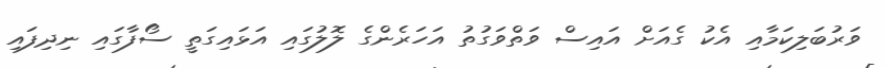
ވަރުބަލިކަމާއި އެކު ގެއަށް އައިސް ވަތްވަގުތު އަހަރެންގެ ލޮލުގައި އަޅައިގަތީ ސޯފާގައި ނިދިފައި